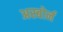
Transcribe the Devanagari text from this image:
अस्बोर्न